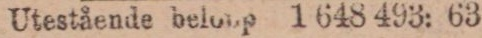
Utestående beloup 1 648 493: 63